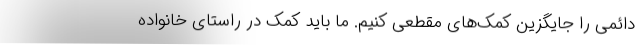
دائمی را جایگزین کمک‌های مقطعی کنیم. ما باید کمک در راستای خانواده